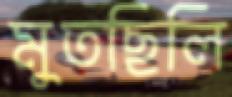
মুতছিলি